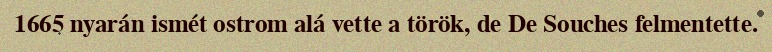
1665 nyarán ismét ostrom alá vette a török, de De Souches felmentette.